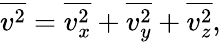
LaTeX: {\overline{{v^{2}}}}={\overline{{v_{x}^{2}}}}+{\overline{{v_{y}^{2}}}}+{\overline{{v_{z}^{2}}}},